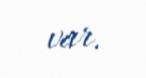
var.